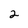
Character: 2